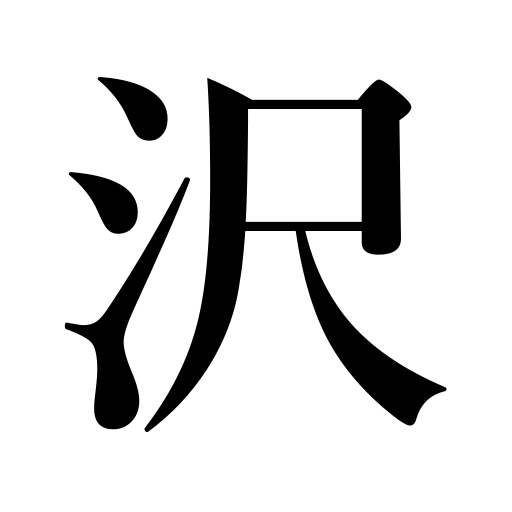
Meanings: valley,swamp,marsh,blessing,dale